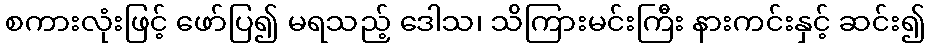
စကားလုံးဖြင့် ဖော်ပြ၍ မရသည့် ဒေါသ၊ သိကြားမင်းကြီး နားကင်းနှင့် ဆင်း၍